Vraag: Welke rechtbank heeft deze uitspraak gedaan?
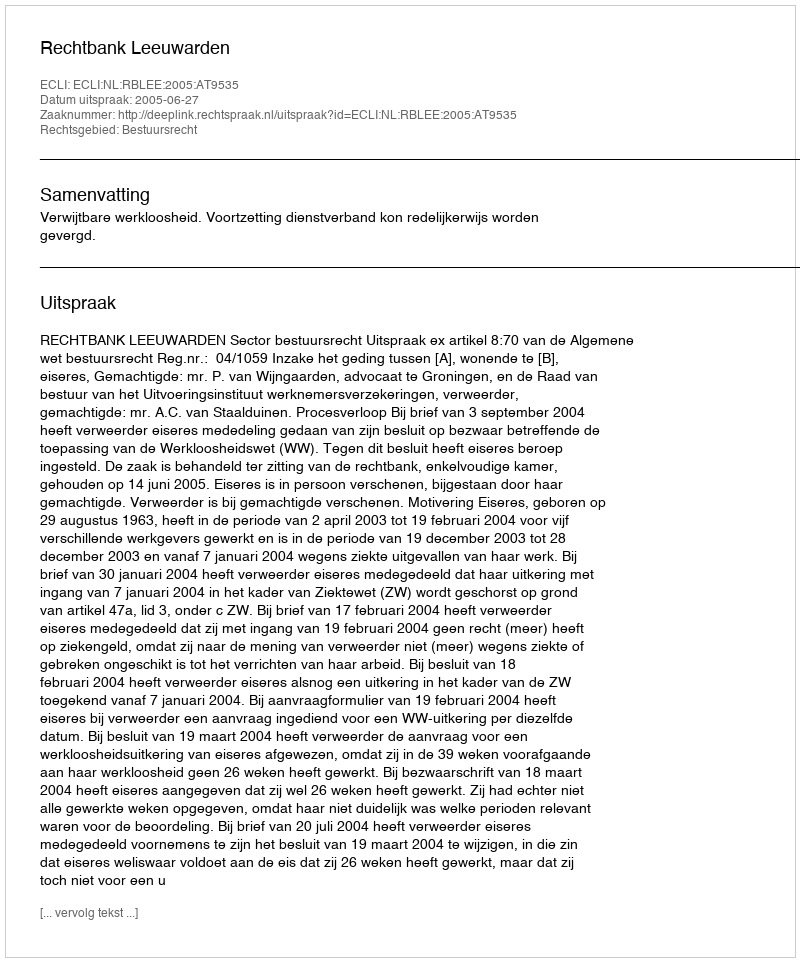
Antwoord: Rechtbank Leeuwarden